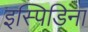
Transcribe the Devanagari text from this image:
इस्पिडिना